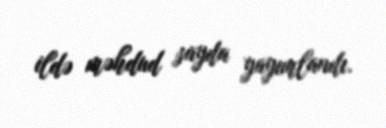
ildə məhdud sayda yayımlandı.